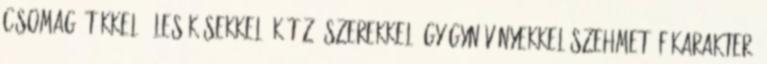
csomag, tűkkel, éles késekkel, kötőző szerekkel, gyógynövényekkel Szehmet- főkarakter,